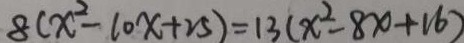
8 ( x ^ { 2 } - 1 0 x + 2 5 ) = 1 3 ( x ^ { 2 } - 8 x + 1 6 )